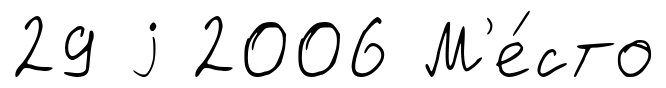
29 j 2006 М'е́сто